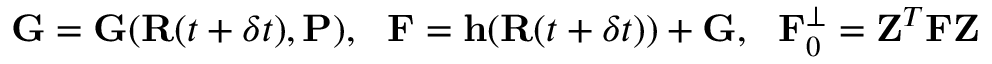
{ \bf G } = { \bf G } ( { \bf R } ( t + \delta t ) , { \bf P } ) , ~ ~ { \bf F } = { \bf h } ( { \bf R } ( t + \delta t ) ) + { \bf G } , ~ ~ { \bf F } _ { 0 } ^ { \perp } = { \bf Z } ^ { T } { \bf F } { \bf Z }